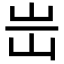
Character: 𡵤